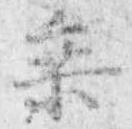
乗